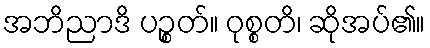
အဘိညာဒိ ပဉ္စတ်။ ဝုစ္စတိ၊ ဆိုအပ်၏။